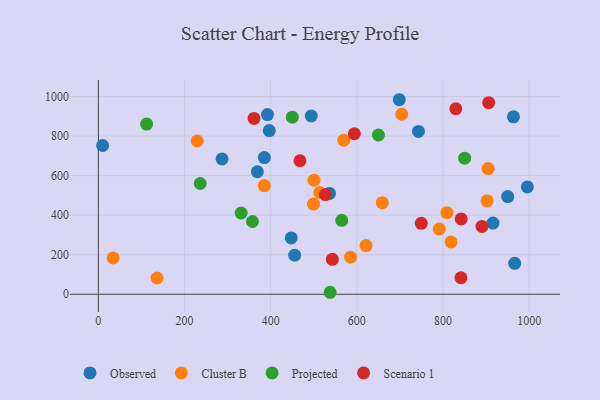
{"axis": {"x": "Speed", "y": "Yield"}, "legend": ["Cluster B", "Observed", "Projected", "Scenario 1"], "data": [{"x": "743.1", "y": 823.6, "type": "Observed"}, {"x": "536.5", "y": 510.3, "type": "Observed"}, {"x": "963.6", "y": 897.6, "type": "Observed"}, {"x": "287.1", "y": 684.7, "type": "Observed"}, {"x": "9.9", "y": 752.6, "type": "Observed"}, {"x": "385.4", "y": 691.4, "type": "Observed"}, {"x": "916.1", "y": 360.1, "type": "Observed"}, {"x": "494.2", "y": 901.9, "type": "Observed"}, {"x": "396.8", "y": 828.3, "type": "Observed"}, {"x": "392.5", "y": 909.0, "type": "Observed"}, {"x": "447.8", "y": 284.9, "type": "Observed"}, {"x": "950.3", "y": 494.3, "type": "Observed"}, {"x": "455.7", "y": 197.6, "type": "Observed"}, {"x": "698.5", "y": 984.1, "type": "Observed"}, {"x": "995.9", "y": 543.1, "type": "Observed"}, {"x": "369.1", "y": 619.8, "type": "Observed"}, {"x": "966.5", "y": 156.3, "type": "Observed"}, {"x": "585.5", "y": 187.8, "type": "Cluster B"}, {"x": "569.7", "y": 779.6, "type": "Cluster B"}, {"x": "902.5", "y": 472.9, "type": "Cluster B"}, {"x": "809.2", "y": 412.6, "type": "Cluster B"}, {"x": "818.8", "y": 265.0, "type": "Cluster B"}, {"x": "34.3", "y": 184.0, "type": "Cluster B"}, {"x": "136.2", "y": 82.3, "type": "Cluster B"}, {"x": "513.9", "y": 514.9, "type": "Cluster B"}, {"x": "904.8", "y": 635.9, "type": "Cluster B"}, {"x": "704.2", "y": 910.7, "type": "Cluster B"}, {"x": "229.4", "y": 775.5, "type": "Cluster B"}, {"x": "499.4", "y": 456.5, "type": "Cluster B"}, {"x": "659.1", "y": 463.4, "type": "Cluster B"}, {"x": "621.5", "y": 246.4, "type": "Cluster B"}, {"x": "385.3", "y": 549.6, "type": "Cluster B"}, {"x": "500.6", "y": 577.4, "type": "Cluster B"}, {"x": "791.3", "y": 330.4, "type": "Cluster B"}, {"x": "236.5", "y": 560.3, "type": "Projected"}, {"x": "331.5", "y": 411.1, "type": "Projected"}, {"x": "538.0", "y": 10.1, "type": "Projected"}, {"x": "650.1", "y": 805.6, "type": "Projected"}, {"x": "450.2", "y": 896.0, "type": "Projected"}, {"x": "565.0", "y": 374.2, "type": "Projected"}, {"x": "112.0", "y": 860.9, "type": "Projected"}, {"x": "357.8", "y": 368.2, "type": "Projected"}, {"x": "850.3", "y": 688.6, "type": "Projected"}, {"x": "594.3", "y": 811.9, "type": "Scenario 1"}, {"x": "543.2", "y": 177.0, "type": "Scenario 1"}, {"x": "361.4", "y": 889.6, "type": "Scenario 1"}, {"x": "890.5", "y": 343.3, "type": "Scenario 1"}, {"x": "749.6", "y": 358.8, "type": "Scenario 1"}, {"x": "841.7", "y": 83.7, "type": "Scenario 1"}, {"x": "842.2", "y": 380.9, "type": "Scenario 1"}, {"x": "829.8", "y": 938.4, "type": "Scenario 1"}, {"x": "468.0", "y": 675.4, "type": "Scenario 1"}, {"x": "527.1", "y": 504.4, "type": "Scenario 1"}, {"x": "906.0", "y": 969.1, "type": "Scenario 1"}]}